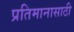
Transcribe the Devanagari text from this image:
प्रतिमानासाठी